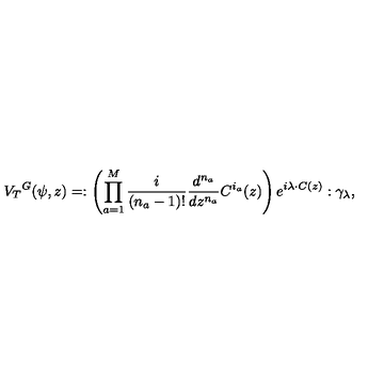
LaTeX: { V _ { T } } ^ { G } ( \psi , z ) = : \left( \prod _ { a = 1 } ^ { M } { \frac { i } { ( n _ { a } - 1 ) ! } } { \frac { d ^ { n _ { a } } } { d z ^ { n _ { a } } } } C ^ { i _ { a } } ( z ) \right) e ^ { i \lambda \cdot C ( z ) } : \gamma _ { \lambda } ,